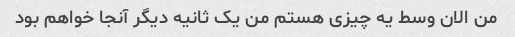
من الان وسط یه چیزی هستم من یک ثانیه دیگر آنجا خواهم بود